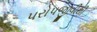
પરોપજીવીથી